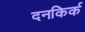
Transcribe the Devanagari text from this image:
दनकिर्क